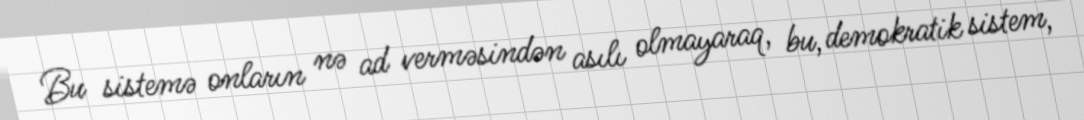
Bu sistemə onların nə ad verməsindən asılı olmayaraq, bu, demokratik sistem,